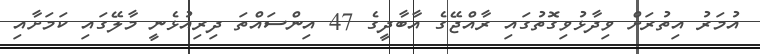
އުމަރު އިތުރަށް ވިދާޅުވިގޮތުގައި ރާއްޖޭގެ އާބާދީގެ 47 އިންސައްތަ ދިރިއުޅެނީ މާލޭގައި ކަމަށާއި